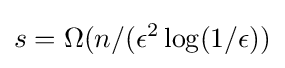
s=\Omega (n/(\epsilon ^{2}\log(1/\epsilon ))